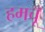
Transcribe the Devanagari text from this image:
हमचूँ